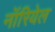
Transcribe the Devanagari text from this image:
नॉरियेल